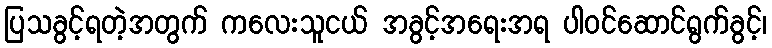
ပြသခွင့်ရတဲ့အတွက် ကလေးသူငယ် အခွင့်အရေးအရ ပါဝင်ဆောင်ရွက်ခွင့်၊